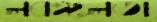
লবঙ্গলতা